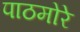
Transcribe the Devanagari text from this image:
पाठमोरे